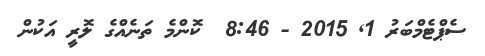
ސެޕްޓެމްބަރު 1